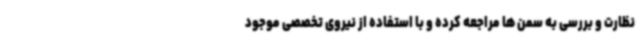
نظارت و بررسی به سمن ها مراجعه کرده و با استفاده از نیروی تخصصی موجود